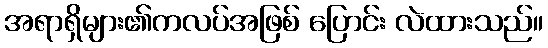
အရာရှိများ၏ကလပ်အဖြစ် ပြောင်း လဲထားသည်။